Annual statistical returns and brief notes on vaccination in Bengal - 1887-1898
Year: 1887
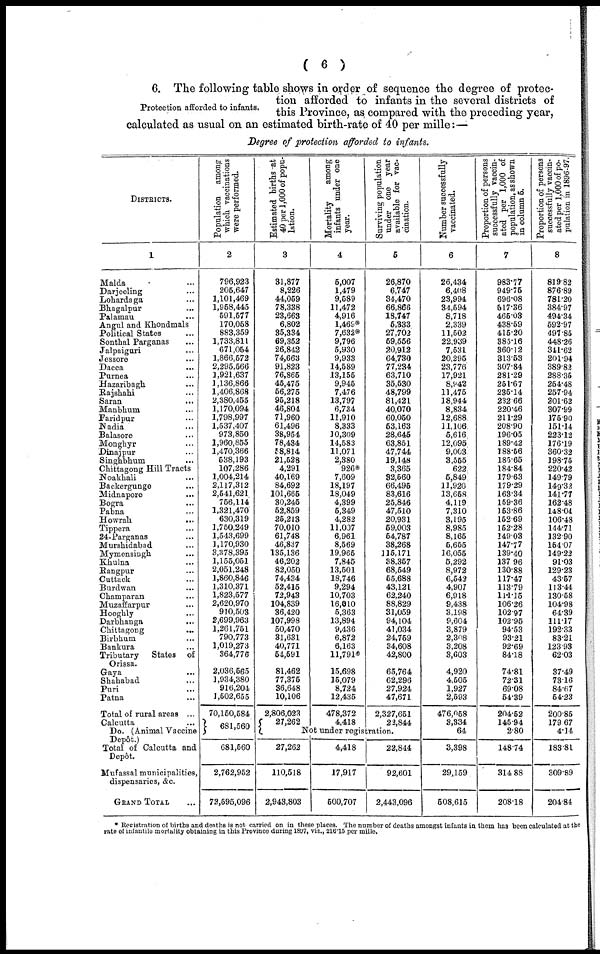
( 6 )
Protection afforded to infants.
6. The following table shows in order of sequence the degree of protec-
tion afforded to infants in the several districts of
this Province, as compared with the preceding year,
calculated as usual on an estimated birth-rate of 40 per mille:—
Degree of protection afforded to infants.
DISTRICTS.
1
Malda ...
Darjeeling ...
Lohardaga ...
Bhagalpur ...
Palamau ...
Angul and Khondmals
Political States ...
Sonthal Parganas ...
Jalpaiguri ...
Jessore ...
Dacca ...
Purnea ...
Hazaribagh ...
Rajshahi ...
Saran ...
Manbhum ...
Faridpur ...
Nadia ...
Balasore ...
Monghyr ...
Dinajpur ...
Singhbhum ...
Chittagong Hill Tracts
Noakhali ...
Backergunge ...
Midnapore ...
Bogra ...
Pabna ...
Howrah
...
Tippera ...
24-Parganas ...
Murshidabad ...
Mymensingh ...
Khulna ...
Rangpur ...
Cuttack ...
Burdwan ...
Champaran ...
Muzaffarpur ...
Hooghly ...
Darbhanga
...
Chittagong
...
Birbhum ...
Bankura ...
Tributary
States of
Orissa.
Gaya
...
Shahabad ...
Puri ...
Patna ...
Total of rural areas ...
Calcutta ...
Do. (Animal Vaccine
Depôt.)
Total of Calcutta and
Depôt.
Mufassal municipalities,
dispensaries, &c.
GRAND TOTAL. ...
Population among
which vaccinations
were performed.
2
796,923
205,647
1,101,469
1,958,445
591,577
170,058
883,359
1,733,811
671,054
1,866,572
2,295,566
1,921,637
1,136,866
1,406,868
2,380,455
1,170,094
1,798,997
1,537,407
973,850
1,960,855
1,470,366
538,193
107,286
1,004,214
2,117,312
2,541,621
756,114
1,321,470
630,319
1,750,249
1,543,699
1,170,930
3,378,395
1,155,051
2,051,248
1,860,846
1,310,371
1,823,577
2,620,970
910,503
2,699,963
1,261,751
790,773
1,019,273
364,776
2,036,565
1,934,380
916,204
1,502,655
70,150,584
681,560
681,560
2,762,952
73,595,096
Estimated births at
40 per 1,000 of popu-
lation.
3
31,877
8,226
44,059
78,338
23,663
6,802
35,334
69,352
26,842
74,663
91,823
76,865
45,475
56,275
95,218
46,804
71,960
61,496
38,954
78,434
58,814
21,528
4,291
40,169
84,692
101,665
30,245
52,859
25,213
70,010
61,748
46,837
135,136
46,202
82,050
74,434
52,415
72,943
104,839
36,420
107,998
50,470
31,631
40,771
54,591
81,462
77,375
36,648
10,106
2,806,023
27,262
Mortality
among
infants under one
year.
4
5,007
1,479
9,589
11,472
4,916
1,469*
7,632*
9,796
5,930
9,933
14,589
13,155
9,945
7,476
13,797
6,734
11,910
8,333
30,309
14,583
11,071
2,380
926*
7,609
18,197
18,049
4,399
5,349
4,282
11,007
6,961
8,569
19,965
7,845
13,501
18,746
9,294
10,703
16,010
5,363
13,894
9,436
6,872
6,163
11,791*
15,698
15,079
8,724
12,435
478,372
4,418
Surviving population
under one year
available for vac¬
cination.
5
26,870
6,747
34,470
66,866
18,747
5,333
27,702
59,556
20,912
64,730
77,234
63,710
35,530
48,799
81,421
40,070
60,050
53,163
28,645
63,851
47,744
19,148
3,365
32,560
66,495
83,616
25,846
47,510
20,931
59,003
54,787
38,268
115,171
38,357
68,549
55,688
43,121
62,240
88,829
31,059
94,104
41,034
24,759
34,608
42,800
65,764
62,296
27,924
47,671
2,327,651
22,844
Not under registration.
27,262
110,518
2,943,803
4,418
17,917
500,707
22,844
92,601
2,443,096
Number successfully
vaccinated.
6
26,434
6,408
23,994
34,594
8,718
2,339
11,502
22,939
7,531
20,295
23,776
17,921
8,942
11,475
18,944
8,834
12,688
11,106
5,616
12,095
9,003
3,555
622
5,849
11,920
13,658
4,119
7,310
3,195
8,985
8,165
5,655
16,055
5,292
8,972
6,543
4,907
6,918
9,438
3,198
9,604
3,879
2,308
3,208
3,603
4,920
4,505
1,927
2,593
476,058
3,334
64
3,398
29,159
508,615
Proportion of persons
successfully vaccin-
ated per 1,000 of
population, as shown
in column 5.
7
983.77
949.75
696.08
517.36
465.03
438.59
415.20
385.16
360.12
313.53
307.84
281.29
251.67
235.14
232.66
220.46
211.29
208.90
196.05
189.42
188.56
185.65
184.84
179.63
179.29
163.34
159.36
153.86
152.69
152.28
149.03
147.77
139.40
137.96
130.88
117.47
113.79
111.15
106.26
102.97
102.95
94.53
93.21
92.69
84.18
74.81
72.31
69.08
54.39
204.52
145.94
2.80
148.74
314.88
208.18
Proportion of persons
successfully vaccin-
ated per 1,000 of po-
pulation in 1896-97.
8
819.82
876.89
781.20
384.97
494.34
592.97
497.85
448.26
341.62
201.94
389.82
288.35
254.48
257.94
201.62
307.99
176.90
151.14
223.12
176.19
360.32
198.75
220.42
149.79
149.32
141.77
162.48
148.04
106.48
144.71
132.90
154.07
149.22
91.03
129.23
43.57
113.44
130.58
104.98
64.39
111.17
192.33
83.21
123.93
62.03
37.49
73.16
84.67
54.23
200.85
179.67
4.14
183.81
309.89
204.84
* Registration of births and deaths is not carried on in these places. The number of deaths amongst infants in them has been calculated at the
rate of infantile mortality obtaining in this Province during 1897, viz., 216.15 per mille.